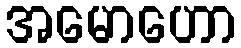
အမောဟော